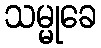
သမ္မုခေ